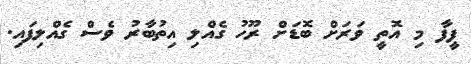
ފީފާ މި އޮތީ ވަރަށް ބޮޑަށް ރޫހު ގެއްލި އިތުބާރު ވެސް ގެއްލިފައި.